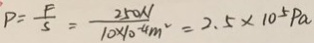
P = \frac { F } { s } = \frac { 2 5 0 N } { 1 0 \times 1 0 ^ { - 4 } m ^ { 2 } } = 2 . 5 \times 1 0 ^ { 5 } P a